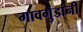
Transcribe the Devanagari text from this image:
गावगुंडांनी